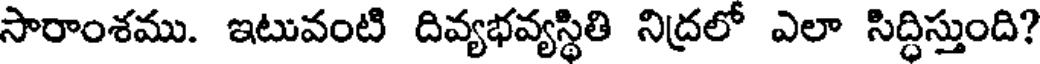
సారాంశము. ఇటువంటి దివ్యభవ్యస్థితి నిద్రలో ఎలా సిద్ధిస్తుంది?